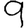
Digit: 9